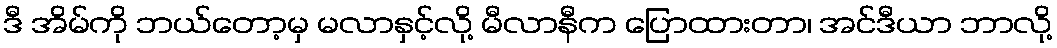
ဒီ အိမ်ကို ဘယ်တော့မှ မလာနှင့်လို့ မီလာနီက ပြောထားတာ၊ အင်ဒီယာ ဘာလို့